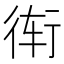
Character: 𲀝